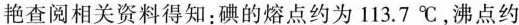
艳查阅相关资料得知：碘的熔点约为113.7℃，沸点约